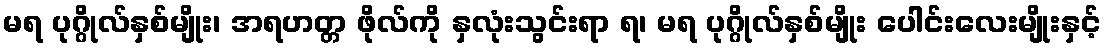
မရ ပုဂ္ဂိုလ်နှစ်မျိုး၊ အရဟတ္တ ဖိုလ်ကို နှလုံးသွင်းရာ ရ၊ မရ ပုဂ္ဂိုလ်နှစ်မျိုး ပေါင်းလေးမျိုးနှင့်